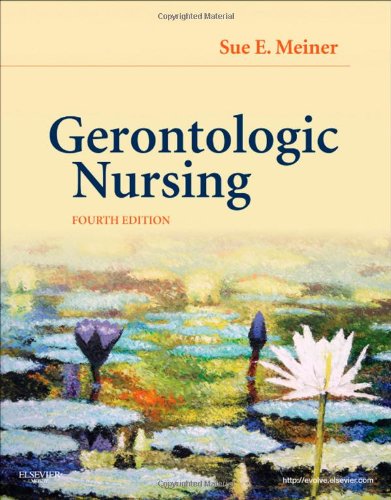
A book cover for Gerontologic Nursing, 4e; Sue E. Meiner EdD  APRN  BC  GNP; Medical Books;